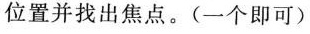
位置并找出焦点。(一个即可)